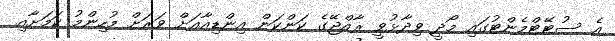
އެ ސުޓޭޓްމެންޓުގައި މޯދީ ވިދާޅުވީ ރާއްޖޭގެ ކަންކަން އިންޑިއާއަށް ވަރަށް މުހިންމު ކަމަށާއި